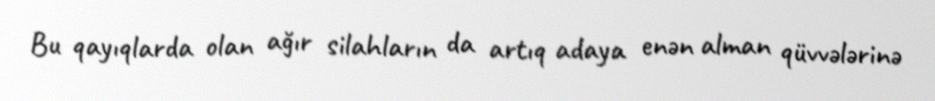
Bu qayıqlarda olan ağır silahların da artıq adaya enən alman qüvvələrinə